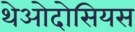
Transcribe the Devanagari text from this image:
थेओदोसियस